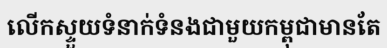
លើកស្ទួយទំនាក់ទំនងជាមួយកម្ពុជាមានតែ